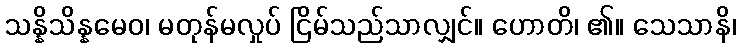
သန္နိသိန္နမေဝ၊ မတုန်မလှုပ် ငြိမ်သည်သာလျှင်။ ဟောတိ၊ ၏။ သေသာနိ၊